Scientific memoirs by medical officers of the Army of India - Part III,
Year: 1887
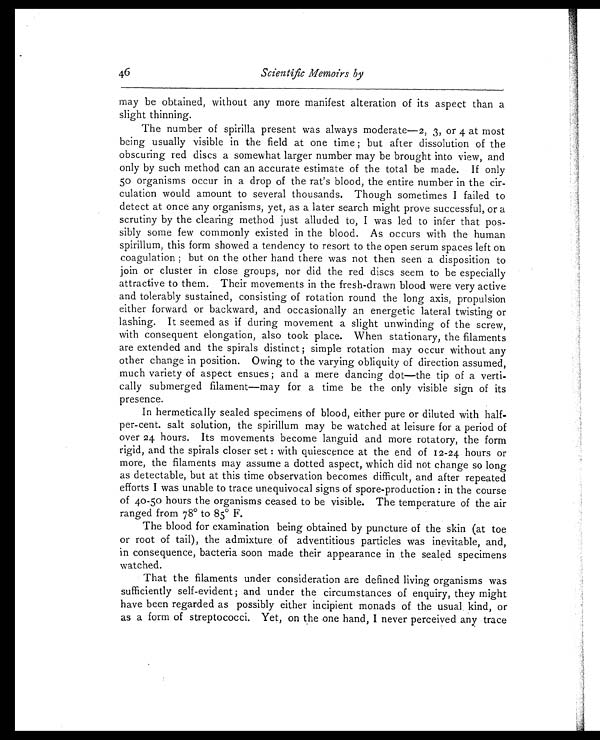
46
Scientific Memoirs by
may be obtained, without any more manifest alteration of its aspect than a
slight thinning.
The number of spirilla present was always moderate—2, 3, or 4 at most
being usually visible in the field at one time; but after dissolution of the
obscuring red discs a somewhat larger number may be brought into view, and
only by such method can an accurate estimate of the total be made. If only
50 organisms occur in a drop of the rat's blood, the entire number in the cir
-culation would amount to several thousands. Though sometimes I failed to
detect at once any organisms, yet, as a later search might prove successful, or a
scrutiny by the clearing method just alluded to, I was led to infer that pos
-sibly some few commonly existed in the blood. As occurs with the human
spirillum, this form showed a tendency to resort to the open serum spaces left on
coagulation; but on the other hand there was not then seen a disposition to
join or cluster in close groups, nor did the red discs seem to be especially
attractive to them. Their movements in the fresh-drawn blood were very active
and tolerably sustained, consisting of rotation round the long axis, propulsion
either forward or backward, and occasionally an energetic lateral twisting or
lashing. It seemed as if during movement a slight unwinding of the screw,
with consequent elongation, also took place. When stationary, the filaments
are extended and the spirals distinct; simple rotation may occur without any
other change in position. Owing to the varying obliquity of direction assumed,
much variety of aspect ensues; and a mere dancing dot—the tip of a verti
-cally submerged filament—may for a time be the only visible sign of its
presence.
In hermetically sealed specimens of blood, either pure or diluted with half-
-per-cent. salt solution, the spirillum may be watched at leisure for a period of
over 24 hours. Its movements become languid and more rotatory, the form
rigid, and the spirals closer set: with quiescence at the end of 12-24 hours or
more, the filaments may assume a dotted aspect, which did not change so long
as detectable, but at this time observation becomes difficult, and after repeated
efforts I was unable to trace unequivocal signs of spore-production: in the course
of 40-50 hours the organisms ceased to be visible. The temperature of the air
ranged from 78° to 85° F.
The blood for examination being obtained by puncture of the skin (at toe
or root of tail), the admixture of adventitious particles was inevitable, and,
in consequence, bacteria soon made their appearance in the sealed specimens
watched.
That the filaments under consideration are defined living organisms was
sufficiently self-evident; and under the circumstances of enquiry, they might
have been regarded as possibly either incipient monads of the usual kind, or
as a form of streptococci. Yet, on the one hand, I never perceived any trace